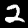
Digit: 2